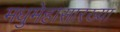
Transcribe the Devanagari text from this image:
मधुमेहासारख्या